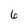
Character: 6